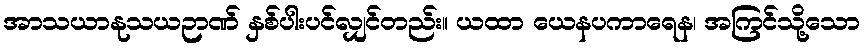
အာသယာနုသယဉာဏ် နှစ်ပါးပင်လျှင်တည်း။ ယထာ ယေနပကာရေန၊ အကြင်သို့သော